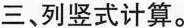
三、列竖式计算。